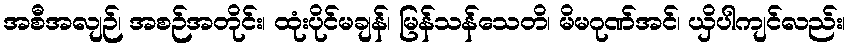
အစီအလျဉ်၊ အစဉ်အတိုင်း၊ ထုံးပိုင်မချန်၊ မြန်သန်သေတိ၊ မိမဂုဏ်အင်၊ ယှိပါကျင်လည်း၊